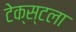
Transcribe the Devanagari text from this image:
टेक्स्टला